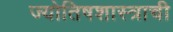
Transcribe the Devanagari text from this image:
ज्योतिषशास्त्राची